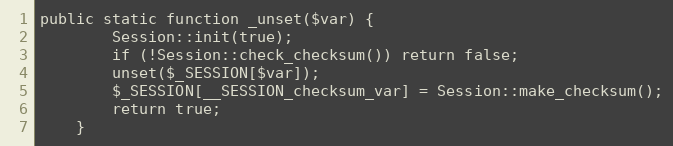
Language: PHP
public static function _unset($var) {
        Session::init(true);
        if (!Session::check_checksum()) return false;
        unset($_SESSION[$var]);
        $_SESSION[__SESSION_checksum_var] = Session::make_checksum();
        return true;
    }